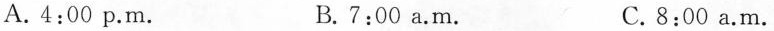
A. 4:00 p.m. B.7:00 a.m. C.8:00 a.m.